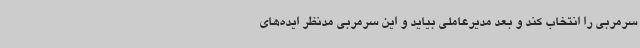
سرمربی را انتخاب کند و بعد مدیرعاملی بیاید و این سرمربی مدنظر ایده‌های